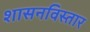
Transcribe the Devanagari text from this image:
शासनविस्तार